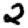
Digit: 2